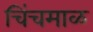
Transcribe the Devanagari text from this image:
चिंचमाळ